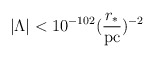
\begin{align*}| \Lambda | < 10^{- 102} (\frac{r_*}{{\rm pc}})^{- 2}\end{align*}